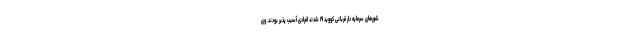
شورهای سرمایه دار قربانی کووید ۱۹ شدند افرادی آسیب پذیر بودند. وی